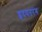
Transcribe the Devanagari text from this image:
हृदयतरंग